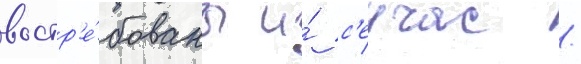
востр'е́бованы и́ с'еичас /